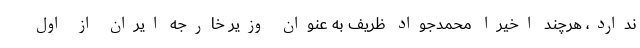
ندارد، هرچند اخیرا محمدجواد ظریف به عنوان وزیر خارجه ایران از اول